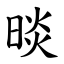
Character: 晱